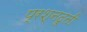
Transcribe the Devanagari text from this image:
प्रश्नदूती